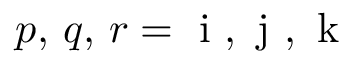
p , \, q , \, r = { \mathrm { ~ i ~ } } , { \mathrm { ~ j ~ } } , { \mathrm { ~ k ~ } }